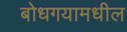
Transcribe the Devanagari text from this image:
बोधगयामधील